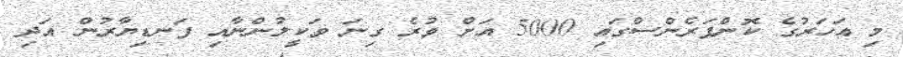
މި އަހަރުގެ ކޮންފަރެންސްގައި 5000 އަށް ވުރެ ގިނަ ވަކީލުންނާއި ފަނޑިޔާރުން އަދި